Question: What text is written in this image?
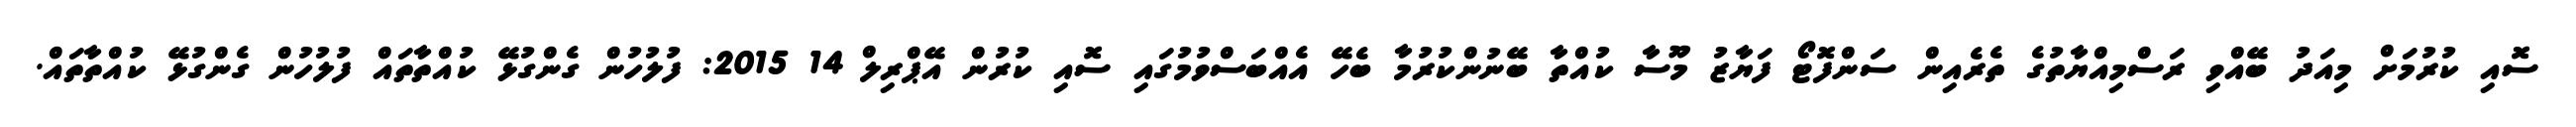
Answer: ސޮއި ކުރުމަށް މިއަދު ބޭއްވި ރަސްމިއްޔާތުގެ ތެރެއިން ސަންފޮޓޯ ފަޔާޒު މޫސާ ކުއްތާ ބޭނުންކުރުމާ ބެހޭ އެއްބަސްވުމުގައި ސޮއި ކުރުން އޭޕްރިލް 14 2015: ފުލުހުން ގެންގުޅޭ ކުއްތާތައް ފުލުހުން ގެންގުޅޭ ކުއްތާތައް.